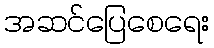
အဆင်ပြေစေရေး